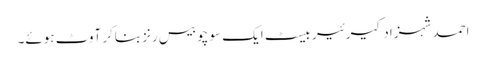
احمد شہزاد کیرئیر بیسٹ ایک سو چوبیس رنز بناکر آوٹ ہوئے۔